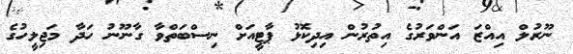
ނޫރުލް އިއްޒަ އަންވަރުގެ އިތުރުން އިދިކޮޅު ޕާޓީއަށް ނިސްބަތްވާ ގާނޫނު ހަދާ މަޖިލީހުގެ